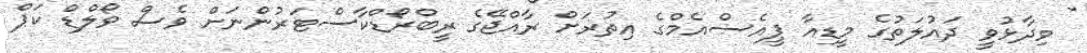
ވިދާޅުވީ ދައުލަތުގެ މީޑިއާ ޕީއެސްއެމްގެ އިތުރަށް ރާއްޖޭގެ ރީބްރޯޑްކާސްޓަރުންނަށް ވެސް ވޯލްޑް ކަޕް